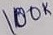
Text: 100K